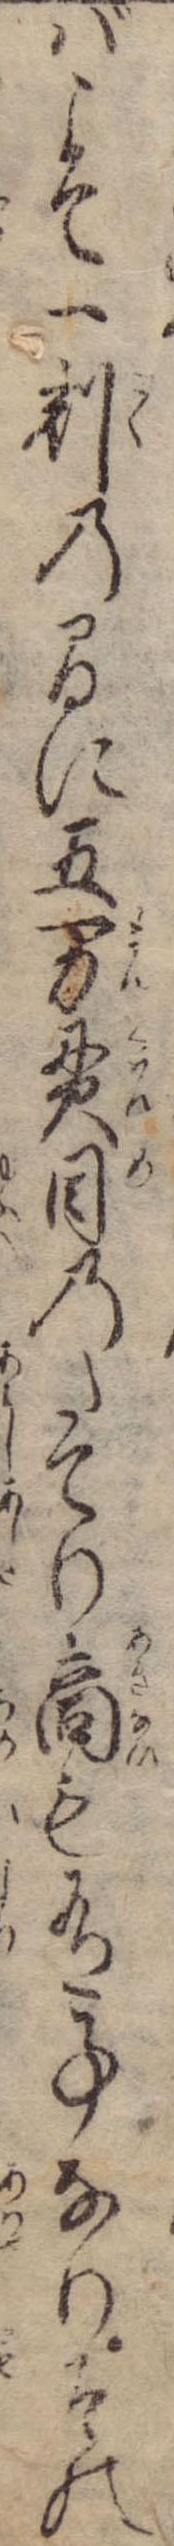
ばこそ一刻の間に五万貫目のたてり商も有事なりその